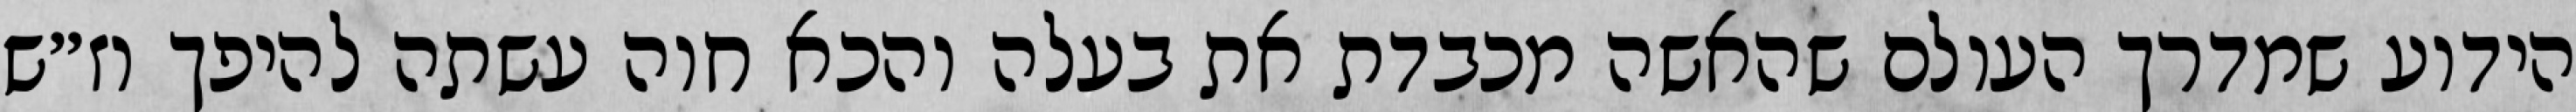
הידוע שמדרך העולם שהאשה מכבדת את בעלה והכא חוה עשתה להיפך וז״ש